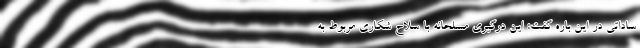
ساداتی در این باره گفت: این درگیری مسلحانه با سلاح شکاری مربوط به